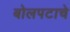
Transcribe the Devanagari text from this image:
बोलपटाचे